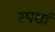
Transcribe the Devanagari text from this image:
स्पर्शा